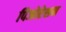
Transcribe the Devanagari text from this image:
पिजोरेशन